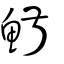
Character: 鮛